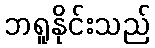
ဘရူနိုင်းသည်